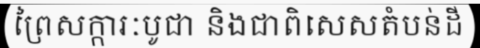
ព្រៃសក្ការៈបូជា និងជាពិសេសតំបន់ដី